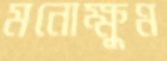
মনোক্ষুণ্ন